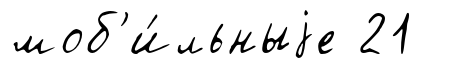
моб'и́льныjе 21